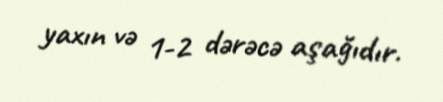
yaxın və 1-2 dərəcə aşağıdır.